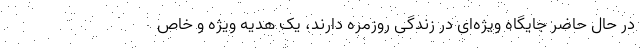
در حال حاضر جایگاه ویژه‌ای در زندگی روزمره دارند، یک هدیه ویژه و خاص